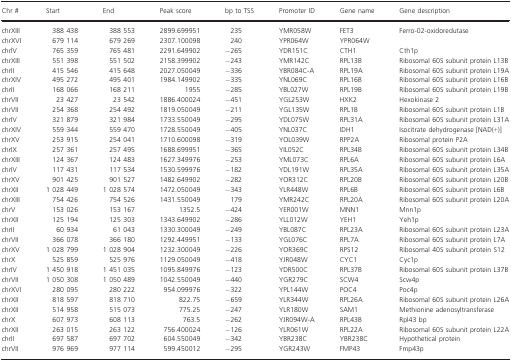
<table><thead><tr><td><b>Chr #</b></td><td><b>Start</b></td><td><b>End</b></td><td><b>Peak score</b></td><td><b>bp to TSS</b></td><td><b>Promoter ID</b></td><td><b>Gene name</b></td><td><b>Gene description</b></td></tr></thead><tbody><tr><td>chrXIII</td><td>388 438</td><td>388 553</td><td>2899.699951</td><td>235</td><td>YMR058W</td><td>FET3</td><td>Ferro‐02‐oxidoredutase</td></tr><tr><td>chrXVI</td><td>679 114</td><td>679 269</td><td>2307.100098</td><td>240</td><td>YPR064W</td><td>YPR064W</td><td></td></tr><tr><td>chrlV</td><td>765 359</td><td>765 481</td><td>2291.649902</td><td>−265</td><td>YDR151C</td><td>CTH1</td><td>Cth1p</td></tr><tr><td>chrXIII</td><td>551 398</td><td>551 502</td><td>2158.399902</td><td>−243</td><td>YMR142C</td><td>RPL13B</td><td>Ribosomal 60S subunit protein L13B</td></tr><tr><td>chrII</td><td>415 546</td><td>415 648</td><td>2027.050049</td><td>−336</td><td>YBR084C‐A</td><td>RPL19A</td><td>Ribosomal 60S subunit protein L19A</td></tr><tr><td>chrXIV</td><td>495 272</td><td>495 401</td><td>1984.149902</td><td>−335</td><td>YNL069C</td><td>RPL16B</td><td>Ribosomal 60S subunit protein L16B</td></tr><tr><td>chrII</td><td>168 066</td><td>168 211</td><td>1955</td><td>−285</td><td>YBL027W</td><td>RPL19B</td><td>Ribosomal 60S subunit protein L19B</td></tr><tr><td>chrVII</td><td>23 427</td><td>23 542</td><td>1886.400024</td><td>−451</td><td>YGL253W</td><td>HXK2</td><td>Hexokinase 2</td></tr><tr><td>chrVII</td><td>254 368</td><td>254 492</td><td>1819.050049</td><td>−211</td><td>YGL135W</td><td>RPL1B</td><td>Ribosomal 60S subunit protein L1B</td></tr><tr><td>chrIV</td><td>321 879</td><td>321 984</td><td>1733.550049</td><td>−295</td><td>YDL075W</td><td>RPL31A</td><td>Ribosomal 60S subunit protein L31A</td></tr><tr><td>chrXIV</td><td>559 344</td><td>559 470</td><td>1728.550049</td><td>−405</td><td>YNL037C</td><td>IDH1</td><td>Isocitrate dehydrogenase [NAD(+)]</td></tr><tr><td>chrXV</td><td>253 915</td><td>254 041</td><td>1710.600098</td><td>−319</td><td>YOL039W</td><td>RPP2A</td><td>Ribosomal protein P2A</td></tr><tr><td>chrIX</td><td>257 361</td><td>257 495</td><td>1688.699951</td><td>−365</td><td>YIL052C</td><td>RPL34B</td><td>Ribosomal 60S subunit protein L34B</td></tr><tr><td>chrXIII</td><td>124 367</td><td>124 483</td><td>1627.349976</td><td>−253</td><td>YML073C</td><td>RPL6A</td><td>Ribosomal 60S subunit protein L6A</td></tr><tr><td>chrIV</td><td>117 431</td><td>117 534</td><td>1530.599976</td><td>−182</td><td>YDL191W</td><td>RPL35A</td><td>Ribosomal 60S subunit protein L35A</td></tr><tr><td>chrXV</td><td>901 425</td><td>901 527</td><td>1482.649902</td><td>−282</td><td>YOR312C</td><td>RPL20B</td><td>Ribosomal 60S subunit protein L20B</td></tr><tr><td>chrXII</td><td>1 028 449</td><td>1 028 574</td><td>1472.050049</td><td>−343</td><td>YLR448W</td><td>RPL6B</td><td>Ribosomal 60S subunit protein L6B</td></tr><tr><td>chrXIII</td><td>754 426</td><td>754 526</td><td>1431.550049</td><td>179</td><td>YMR242C</td><td>RPL20A</td><td>Ribosomal 60S subunit protein L20A</td></tr><tr><td>chrV</td><td>153 026</td><td>153 167</td><td>1352.5</td><td>−424</td><td>YER001W</td><td>MNN1</td><td>Mnn1p</td></tr><tr><td>chrXII</td><td>125 194</td><td>125 303</td><td>1343.649902</td><td>−286</td><td>YLL012W</td><td>YEH1</td><td>Yeh1p</td></tr><tr><td>chrII</td><td>60 934</td><td>61 043</td><td>1330.300049</td><td>−249</td><td>YBL087C</td><td>RPL23A</td><td>Ribosomal 60S subunit protein L23A</td></tr><tr><td>chrVII</td><td>366 078</td><td>366 180</td><td>1292.449951</td><td>−133</td><td>YGL076C</td><td>RPL7A</td><td>Ribosomal 60S subunit protein L7A</td></tr><tr><td>chrXV</td><td>1 028 799</td><td>1 028 904</td><td>1232.300049</td><td>−226</td><td>YOR369C</td><td>RPS12</td><td>Ribosomal 40S subunit protein S12</td></tr><tr><td>chrX</td><td>525 859</td><td>525 976</td><td>1129.050049</td><td>−418</td><td>YJR048W</td><td>CYC1</td><td>Cyc1p</td></tr><tr><td>chrIV</td><td>1 450 918</td><td>1 451 035</td><td>1095.849976</td><td>−123</td><td>YDR500C</td><td>RPL37B</td><td>Ribosomal 60S subunit protein L37B</td></tr><tr><td>chrVII</td><td>1 050 308</td><td>1 050 489</td><td>1042.550049</td><td>−440</td><td>YGR279C</td><td>SCW4</td><td>Scw4p</td></tr><tr><td>chrXVI</td><td>280 095</td><td>280 222</td><td>954.099976</td><td>−322</td><td>YPL144W</td><td>POC4</td><td>Poc4p</td></tr><tr><td>chrXII</td><td>818 597</td><td>818 710</td><td>822.75</td><td>−659</td><td>YLR344W</td><td>RPL26A</td><td>Ribosomal 60S subunit protein L26A</td></tr><tr><td>chrXII</td><td>514 958</td><td>515 073</td><td>775.25</td><td>−247</td><td>YLR180W</td><td>SAM1</td><td>Methionine adenosyltransferase</td></tr><tr><td>chrX</td><td>607 973</td><td>608 113</td><td>763.5</td><td>−262</td><td>YJR094W‐A</td><td>RPL43B</td><td>Rpl43 bp</td></tr><tr><td>chrXII</td><td>263 015</td><td>263 122</td><td>756.400024</td><td>−126</td><td>YLR061W</td><td>RPL22A</td><td>Ribosomal 60S subunit protein L22A</td></tr><tr><td>chrII</td><td>697 587</td><td>697 702</td><td>604.550049</td><td>−342</td><td>YBR238C</td><td>YBR238C</td><td>Hypothetical protein</td></tr><tr><td>chrVII</td><td>976 969</td><td>977 114</td><td>599.450012</td><td>−295</td><td>YGR243W</td><td>FMP43</td><td>Fmp43p</td></tr></tbody></table>